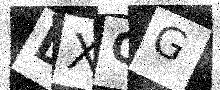
Text: DXQG